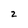
Character: 2